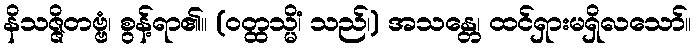
နိသဇ္ဇိတဗ္ဗံ၊ စွန့်ရာ၏။ (ဝတ္ထသ္မိံ၊ သည်၊) အသန္တေ၊ ထင်ရှားမရှိလသော်။